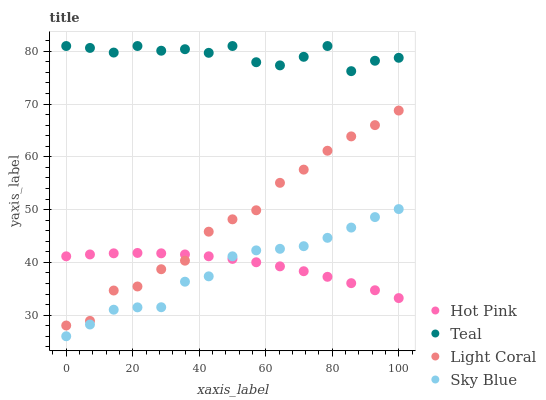
| xaxis_label | Hot Pink | Teal | Light Coral | Sky Blue |
 | --- | --- | --- | --- | --- |
 | 0 | 41.1 | 81 | 28 | 26 |
 | 7.14 | 41.5 | 80.6 | 28.9 | 28.2 |
 | 14.3 | 41.7 | 79.8 | 34.7 | 31 |
 | 21.4 | 41.8 | 81 | 35.4 | 31.5 |
 | 28.6 | 41.7 | 80.1 | 38.7 | 31.5 |
 | 35.7 | 41.5 | 80.4 | 40.3 | 36.3 |
 | 42.9 | 41.2 | 79.7 | 45.8 | 37.4 |
 | 50 | 40.7 | 81 | 48.2 | 41.1 |
 | 57.1 | 40 | 77.9 | 49.9 | 42.3 |
 | 64.3 | 39.2 | 77.3 | 55.1 | 42.6 |
 | 71.4 | 38.3 | 79 | 57.6 | 43.1 |
 | 78.6 | 37.3 | 81 | 61.2 | 44.7 |
 | 85.7 | 36.1 | 76.2 | 63.9 | 46.6 |
 | 92.9 | 34.7 | 78.2 | 66 | 48.6 |
 | 100 | 33.2 | 78.8 | 68.8 | 50.1 |